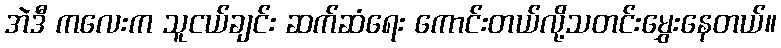
အဲဒီ ကလေးက သူငယ်ချင်း ဆက်ဆံရေး ကောင်းတယ်လို့သတင်းမွှေးနေတယ်။